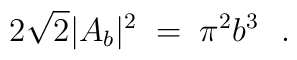
2\sqrt 2|A_b|^2 \;=\;\pi^2b^3\ \ .